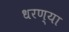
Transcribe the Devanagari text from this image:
धरण्या